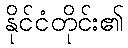
နိုင်ငံတိုင်း၏